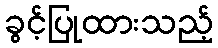
ခွင့်ပြုထားသည့်